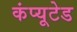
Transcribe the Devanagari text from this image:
कंप्यूटेड